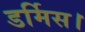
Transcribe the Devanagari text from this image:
डर्मिस।